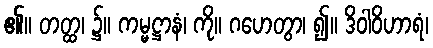
၏။ တတ္ထ၊ ၌။ ကမ္မဋ္ဌာနံ၊ ကို။ ဂဟေတွာ၊ ၍။ ဒိဝါဝိဟာရံ၊